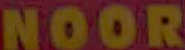
NOOR